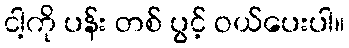
ငါ့ကို ပန်း တစ် ပွင့် ဝယ်ပေးပါ။